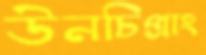
উনচিপ্রাং